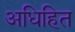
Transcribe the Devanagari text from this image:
अधिहित